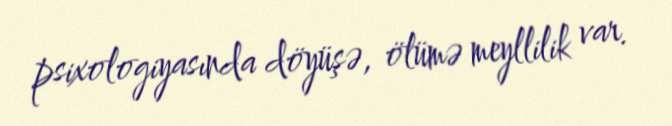
psixologiyasında döyüşə, ölümə meyllilik var.